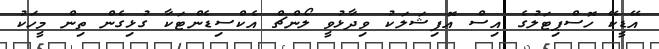
އޭޑީކޭ ހޮސްޕިޓަލުގެ އިސް އޮފިޝަލަކު ވިދާޅުވީ ލޯންޗް އެކްސިޑެންޓަކާ ގުޅިގެން ތިން މީހަކު